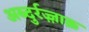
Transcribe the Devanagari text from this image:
अब्दुर्रज़्ज़ाक़